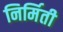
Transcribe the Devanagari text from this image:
निर्मिती